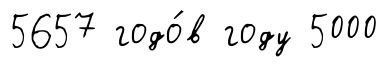
5657 годо́в году 5000